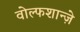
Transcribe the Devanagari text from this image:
वोल्फशान्ज़े